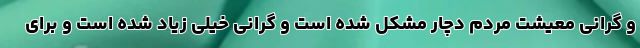
و گرانی معیشت مردم دچار مشکل شده است و گرانی خیلی زیاد شده است و برای